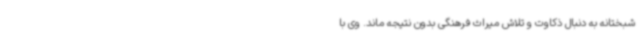
شبختانه به دنبال ذکاوت و تلاش میراث فرهنگی بدون نتیجه ماند. وی با